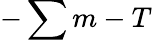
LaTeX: -\sum m-T